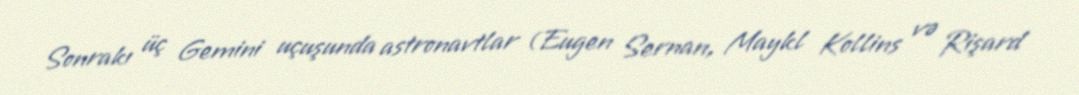
Sonrakı üç Gemini uçuşunda astronavtlar (Eugen Sernan, Maykl Kollins və Rişard